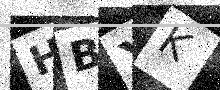
Text: HBXK